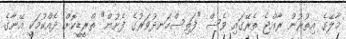
މާލޭގެ އިތުރުން ރާއްޖެ ތެރޭގައި ވެސް "ފަތިސްހަނދުވަރުގެ ފެށުން" ތްރީޑީކޮށް ދެއްކުމަކީ އޭނާގެ